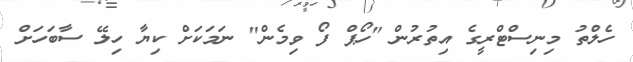
ހެލްތު މިނިސްޓްރީގެ އިތުރުން "ހޯޕް ފޯ ވިމެން" ނަމަކަށް ކިޔާ ހިލޭ ސާބަހަށް